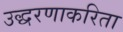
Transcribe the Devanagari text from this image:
उद्धरणाकरिता